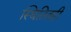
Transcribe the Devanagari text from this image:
स्थितितही